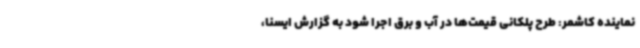
نماینده کاشمر: طرح پلکانی قیمت‌ها در آب و برق اجرا شود به گزارش ایسنا،